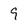
Character: 9